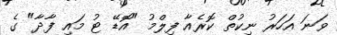
ވަނަ އަހަރު ނިކުތް ކޮރެއާ ފިލްމު "އޮޑޭ ޓު މައި ފާދާ" ގެ